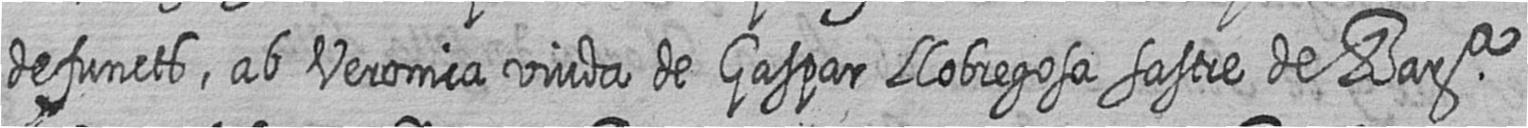
defuncts ab Veronica viuda de Gaspar Llobregosa sastre de Bara